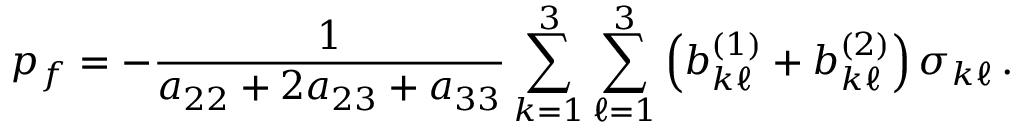
p _ { f } = - \frac { 1 } { a _ { 2 2 } + 2 a _ { 2 3 } + a _ { 3 3 } } \sum _ { k = 1 } ^ { 3 } \sum _ { \ell = 1 } ^ { 3 } \left( b _ { k \ell } ^ { ( 1 ) } + b _ { k \ell } ^ { ( 2 ) } \right) \sigma _ { k \ell } \, .